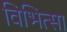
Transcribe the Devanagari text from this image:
विभित्सा